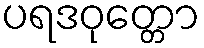
ပရဒဝုတ္တော